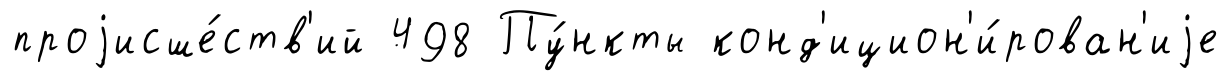
проjисше́ств'ий 498 Пу́нкты конд'ицион'и́рован'иjе